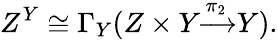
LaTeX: Z^{Y}\cong\Gamma_{Y}(Z\times Y{\xrightarrow{\pi_{2}}}Y).